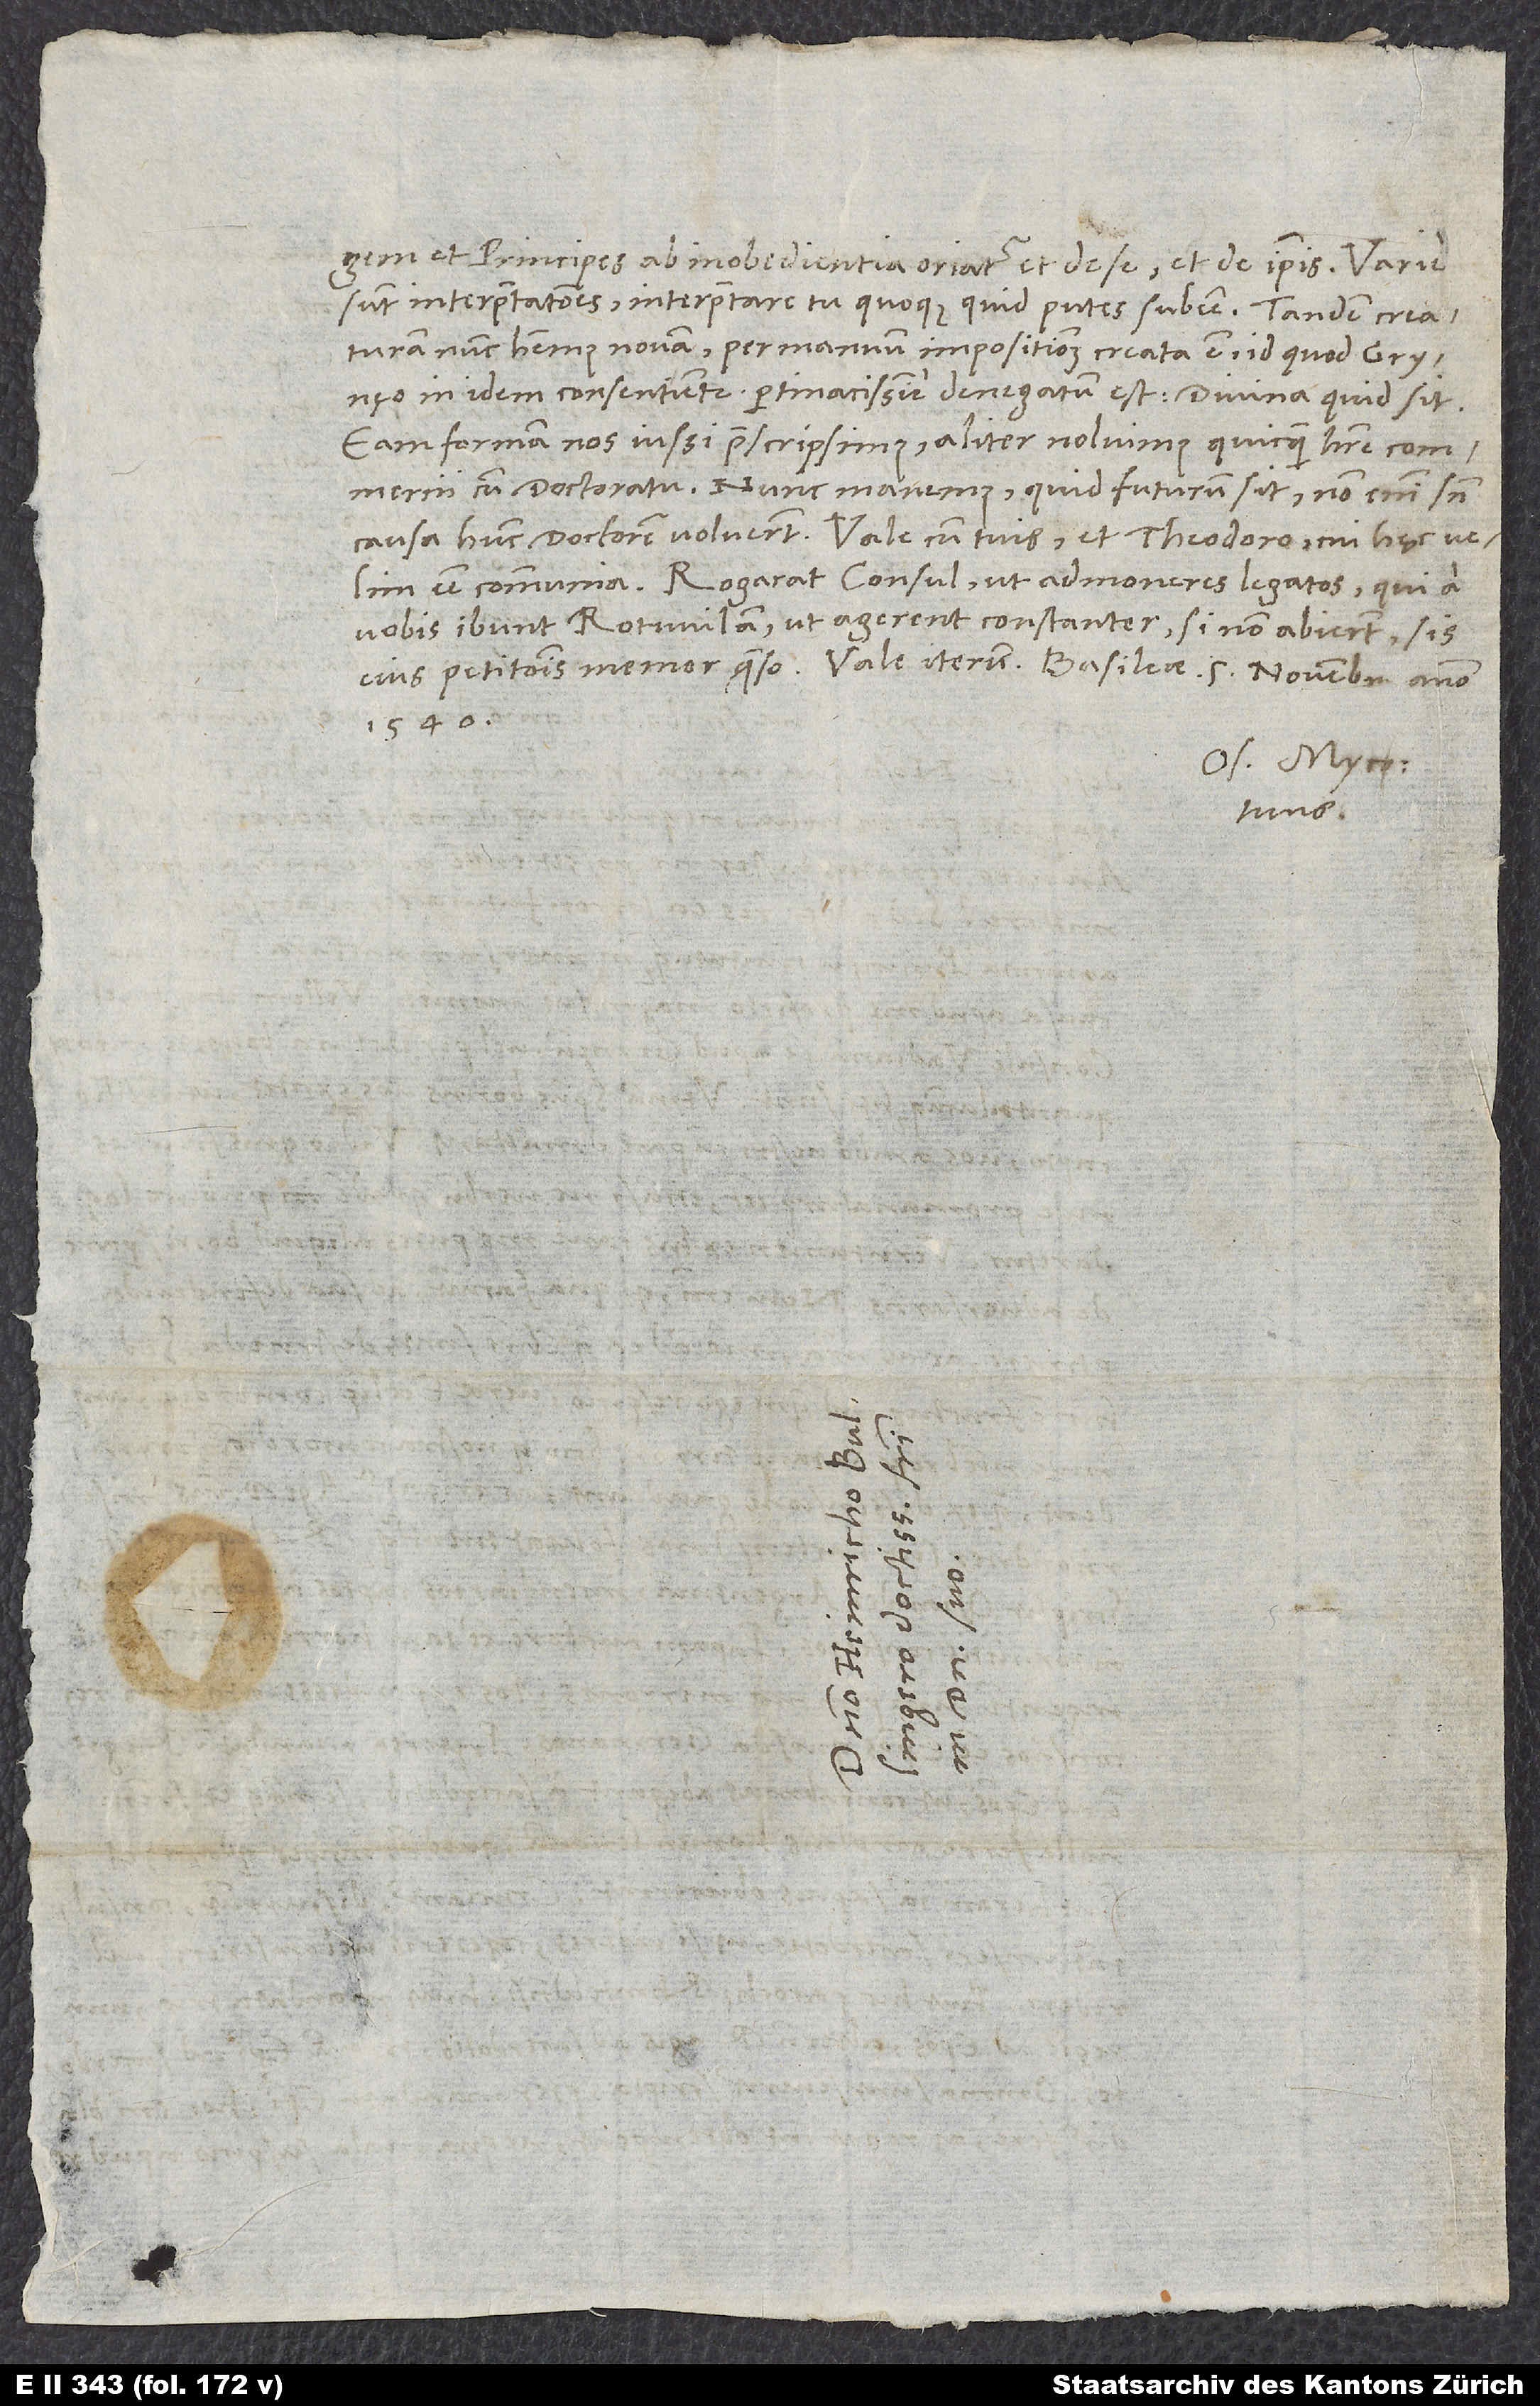
et principes ab inobedientia oriatur et de se et de ipsis. Varie
sunt interpretationes; interpretare tu quoque, quid putes subesse.
creaturam nunc habemus novam; per manuum impositionem creata est, id quod Grynęo
in idem consentiente pertinacissime denegatum est. Divina, quid sit.
Eam formam nos iussi praescripsimus, aliter noluimus quicquam habere commercii
cum doctoratu. Nunc manemus, quid futurum sit; non enim sine
esse communia. Rogarat consul, ut admoneres legatos, qui a
vobis ibunt Rotwilam, ut agerent constanter; si non abierunt, sis
1540.
Os. Myco.
tuus.